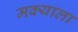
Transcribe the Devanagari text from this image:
मक्याला